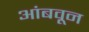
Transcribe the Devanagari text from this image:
आंबवून